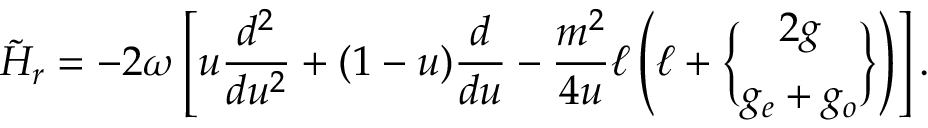
\tilde { \cal H } _ { r } = - 2 \omega \left[ u { \frac { d ^ { 2 } } { d u ^ { 2 } } } + ( 1 - u ) { \frac { d } { d u } } - { \frac { m ^ { 2 } } { 4 u } } \ell \left( \ell + { 2 g \brace g _ { e } + g _ { o } } \right) \right] .